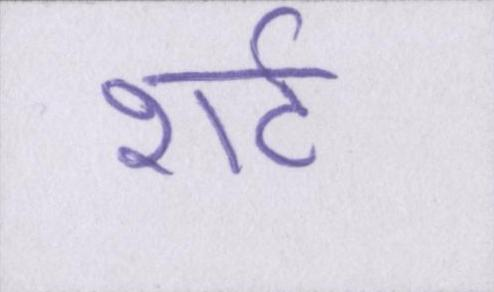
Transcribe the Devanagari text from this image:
शर्ट